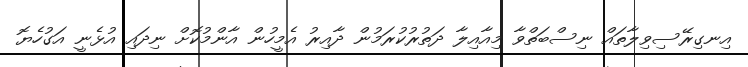
އިނގިރޭސިވިލާތައް ނިސްބަތްވާ މިއާއިލާ ދަތުރުކުރަމުން ދާއިރު އެމީހުން އާންމުކޮށް ނިދައި އުޅެނީ އަގުހެޔޮ